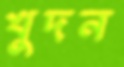
খুদন